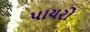
પાયરો